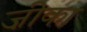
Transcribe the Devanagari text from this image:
ज़ीका